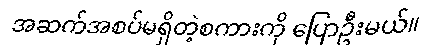
အဆက်အစပ်မရှိတဲ့စကားကို ပြောဦးမယ်။